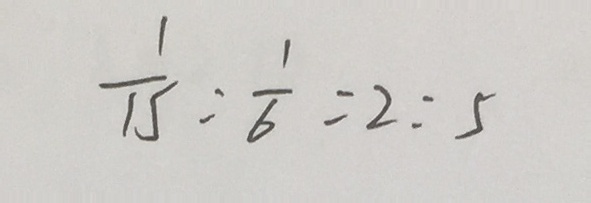
\frac { 1 } { 1 5 } : \frac { 1 } { 6 } = 2 : 5